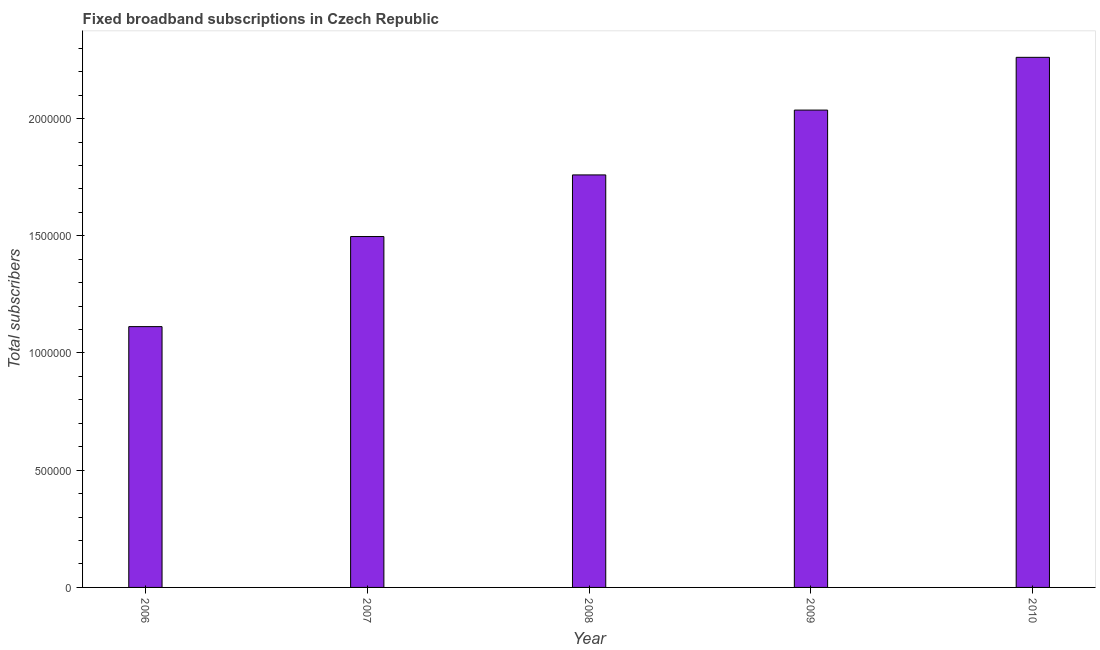
| Year | Fixed broadband subscriptions |
 | --- | --- |
 | 2006 | 1.11e+06 |
 | 2007 | 1.5e+06 |
 | 2008 | 1.76e+06 |
 | 2009 | 2.04e+06 |
 | 2010 | 2.26e+06 |